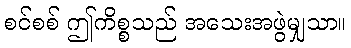
စင်စစ် ဤကိစ္စသည် အသေးအဖွဲမျှသာ။